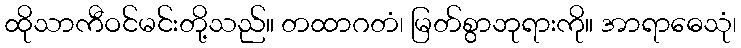
ထိုသာကီဝင်မင်းတို့သည်။ တထာဂတံ၊ မြတ်စွာဘုရားကို။ အာရာဓေသုံ၊